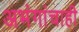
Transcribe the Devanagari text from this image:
अभंगांचाही